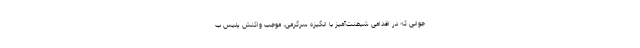
جوانی که در اقدامی شیطنت‌آمیز با انگیزه سرگرمی، موجب واکنش پلیس ب